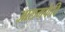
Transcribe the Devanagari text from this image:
आलमफेदि